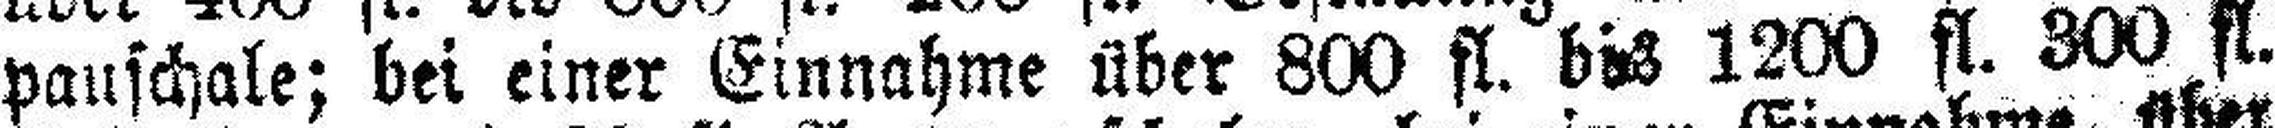
pauschale; bei einer Einnahme über 800 fl. bis 1200 fl. 300 fl.